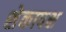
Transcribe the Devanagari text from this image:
शेकापक्ष